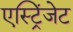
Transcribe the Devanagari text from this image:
एस्ट्रिंजेट